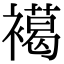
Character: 𧝶